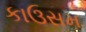
કાઉસમ